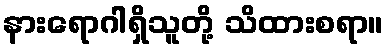
နားရောဂါရှိသူတို့ သိထားစရာ။